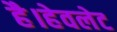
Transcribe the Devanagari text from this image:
है।हेवलेट